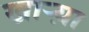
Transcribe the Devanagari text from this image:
खाऱ्य़ा